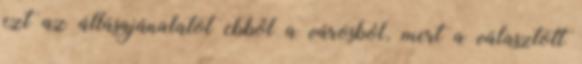
ezt az állásajánalatot ebből a városból, mert a választott